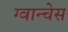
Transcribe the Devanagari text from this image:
ग्वान्चेस